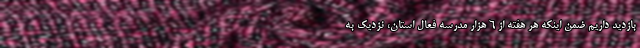
بازدید داریم ضمن اینکه هر هفته از ۶ هزار مدرسه فعال استان، نزدیک به